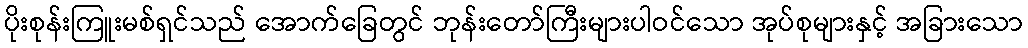
ပိုးစုန်းကြူးမစ်ရှင်သည် အောက်ခြေတွင် ဘုန်းတော်ကြီးများပါဝင်သော အုပ်စုများနှင့် အခြားသော